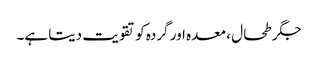
جگر طحال ، معدہ اور گردہ کو تقویت دیتا ہے۔